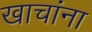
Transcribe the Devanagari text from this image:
खाचांना